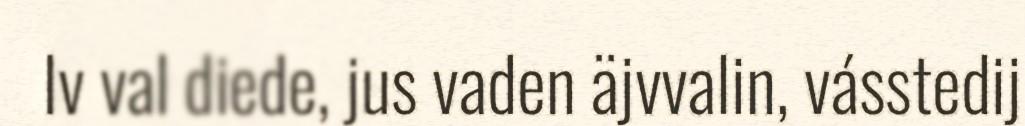
Iv val diede, jus vaden äjvvalin, vásstedij